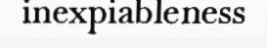
inexpiableness